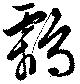
鸘